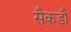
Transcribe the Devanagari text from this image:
सैकडौं